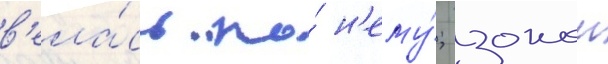
в'ела́сь по́ н'ему́; зонои